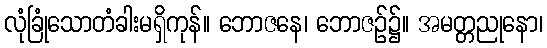
လုံခြုံသောတံခါးမရှိကုန်။ ဘောဇနေ၊ ဘောဇဉ်၌။ အမတ္တညုနော၊